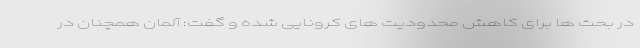
در بحث ها برای کاهش محدودیت های کرونایی شده و گفت: آلمان همچنان در